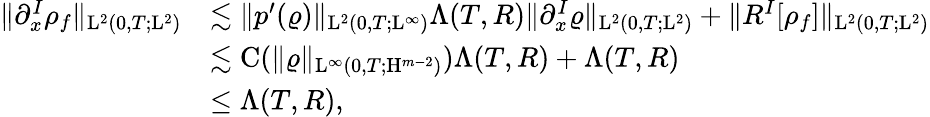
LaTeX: \begin{array}{rl}{\Vert\partial_{x}^{I}\rho_{f}\Vert_{\mathrm{L}^{2}(0,T;\mathrm{L}^{2})}}&{\lesssim\Vert p^{\prime}(\varrho)\Vert_{\mathrm{L}^{2}(0,T;\mathrm{L}^{\infty})}\Lambda(T,R)\Vert\partial_{x}^{I}\varrho\Vert_{\mathrm{L}^{2}(0,T;\mathrm{L}^{2})}+\Vert R^{I}[\rho_{f}]\Vert_{\mathrm{L}^{2}(0,T;\mathrm{L}^{2})}}\\ &{\lesssim\mathrm{C}(\Vert\varrho\Vert_{\mathrm{L}^{\infty}(0,T;\mathrm{H}^{m-2})})\Lambda(T,R)+\Lambda(T,R)}\\ &{\leq\Lambda(T,R),}\end{array}